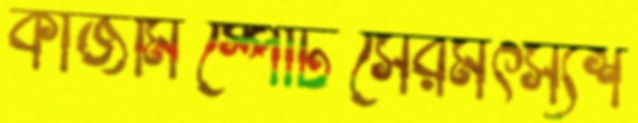
কাজমিস্পোর্টসেরমৎস্যশ